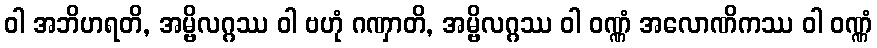
ဝါ အဘိဟရတိ, အမ္ဗိလဂ္ဂဿ ဝါ ဗဟုံ ဂဏှာတိ, အမ္ဗိလဂ္ဂဿ ဝါ ဝဏ္ဏံ အလောဏိကဿ ဝါ ဝဏ္ဏံ